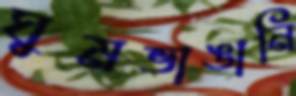
ঘুমভাঙানি